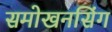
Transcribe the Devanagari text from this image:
समोखनसिंग